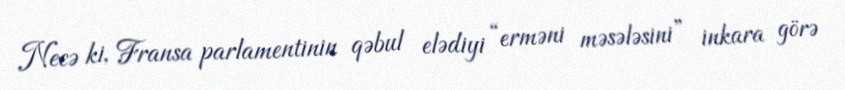
Necə ki, Fransa parlamentinin qəbul elədiyi “erməni məsələsini” inkara görə